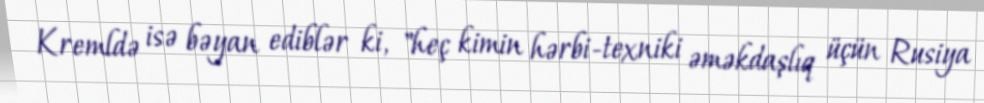
Kremldə isə bəyan ediblər ki, "heç kimin hərbi-texniki əməkdaşlıq üçün Rusiya